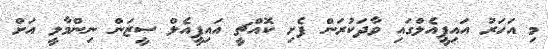
މި އަހަރު އައިޕީއެލްގައި ވާދަކުރަން ފެށި ކޮއްޗީ އައިޕީއެލް ސީޒަން ނިންމާލީ އަށް